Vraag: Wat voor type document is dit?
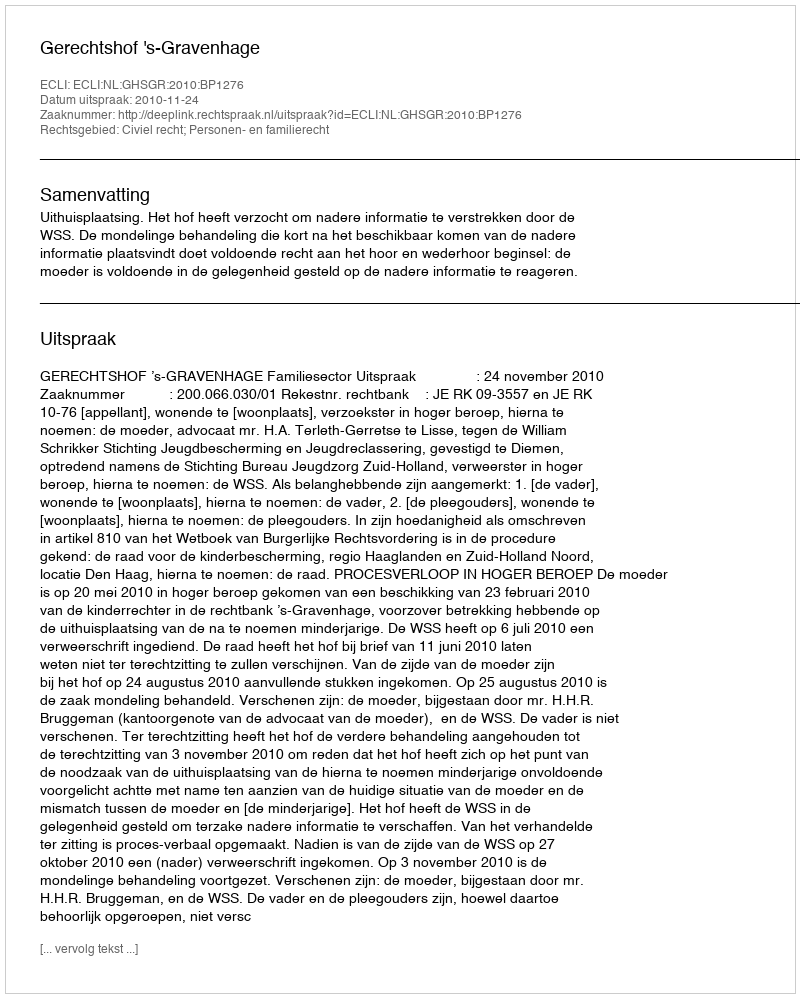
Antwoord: Uitspraak